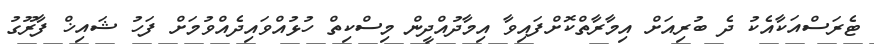
ޓެރަސްއަކާއެކު ދެ ބުރިއަށް އިމާރާތްކޮށްފައިވާ އިމާދުއްދީން މިސްކިތް ހުޅުއްވައިދެއްވުމަށް ފަހު ޝައިޚް ފާރޫގު